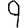
Digit: 9